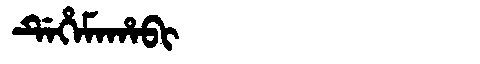
Manchu: ᡩᡝᡥᡝᠮᠠᡥᠠᠪᡳ
Romanization: DEHEMAHABI